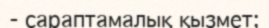
- сараптамалық қызмет;